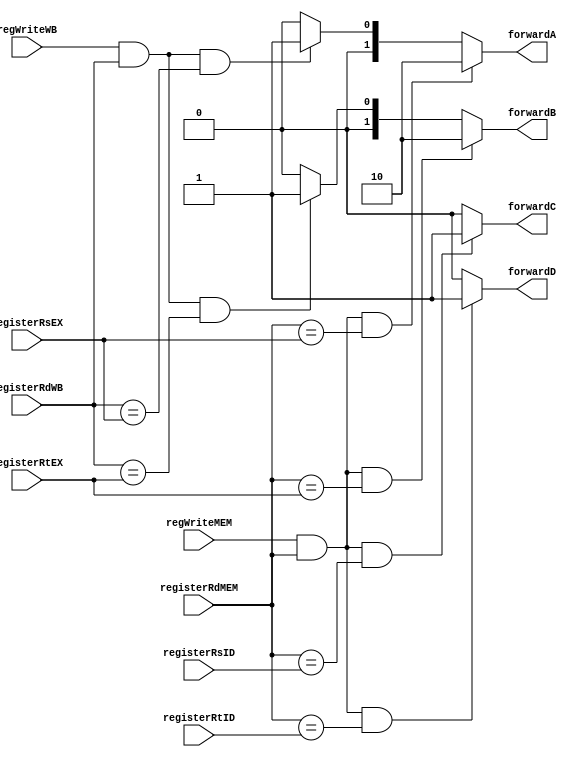
`ifndef MODULE_FORWARD
`define MODULE_FORWARD
`timescale 1ns / 1ps
//////////////////////////////////////////////////////////////////////////////////
// Company: 
// Engineer: 
// 
// Design Name: 
// Module Name: forward
// Project Name: 
// Target Devices: 
// Tool Versions: 
// Description: 
// 
// Dependencies: 
// 
// Revision:
// Revision 0.01 - File Created
// Additional Comments:
// 
//////////////////////////////////////////////////////////////////////////////////


module forward (registerRsID, registerRtID, registerRsEX, registerRtEX, registerRdMEM, registerRdWB, regWriteMEM, regWriteWB, forwardA, forwardB, forwardC, forwardD);
    input[4:0] registerRsID,
               registerRtID,
               registerRsEX,
               registerRtEX,
               registerRdMEM,
               registerRdWB;
    input regWriteMEM,
          regWriteWB;
    output reg  [1:0] forwardA,
                       forwardB;
    output reg forwardC,
                forwardD;
    initial begin
        forwardA = 2'b00;
        forwardB = 2'b00;
        forwardC = 1'b0;
        forwardD = 1'b0;
    end

    always @ ( * ) begin
        if (regWriteMEM && registerRdMEM && registerRdMEM == registerRsEX)
            forwardA = 2'b10;
        else if (regWriteWB && registerRdWB && registerRdWB == registerRsEX)
            forwardA = 2'b01;
        else
            forwardA = 2'b00;

        if (regWriteMEM && registerRdMEM && registerRdMEM == registerRtEX)
            forwardB = 2'b10;
        else if (regWriteWB && registerRdWB && registerRdWB == registerRtEX)
            forwardB = 2'b01;
        else
            forwardB = 2'b00;

        if (regWriteMEM && registerRdMEM && registerRdMEM == registerRsID)
            forwardC = 1'b1;
        else
            forwardC = 1'b0;

        if (regWriteMEM && registerRdMEM && registerRdMEM == registerRtID)
            forwardD = 1'b1;
        else
            forwardD = 1'b0;
    end

endmodule

`endif